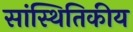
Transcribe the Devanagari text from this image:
सांस्थितिकीय